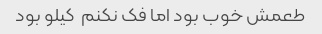
طعمش خوب بود اما فک نکنم  کیلو بود